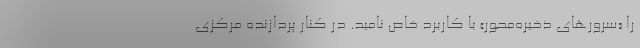
را «سرورهای ذخیره‌محور» با کاربرد خاص نامید. در کنار پردازنده مرکزی